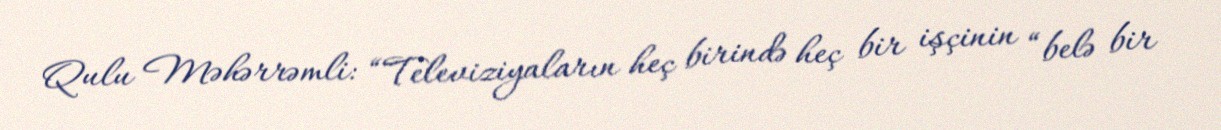
Qulu Məhərrəmli: “Televiziyaların heç birində heç bir işçinin “belə bir